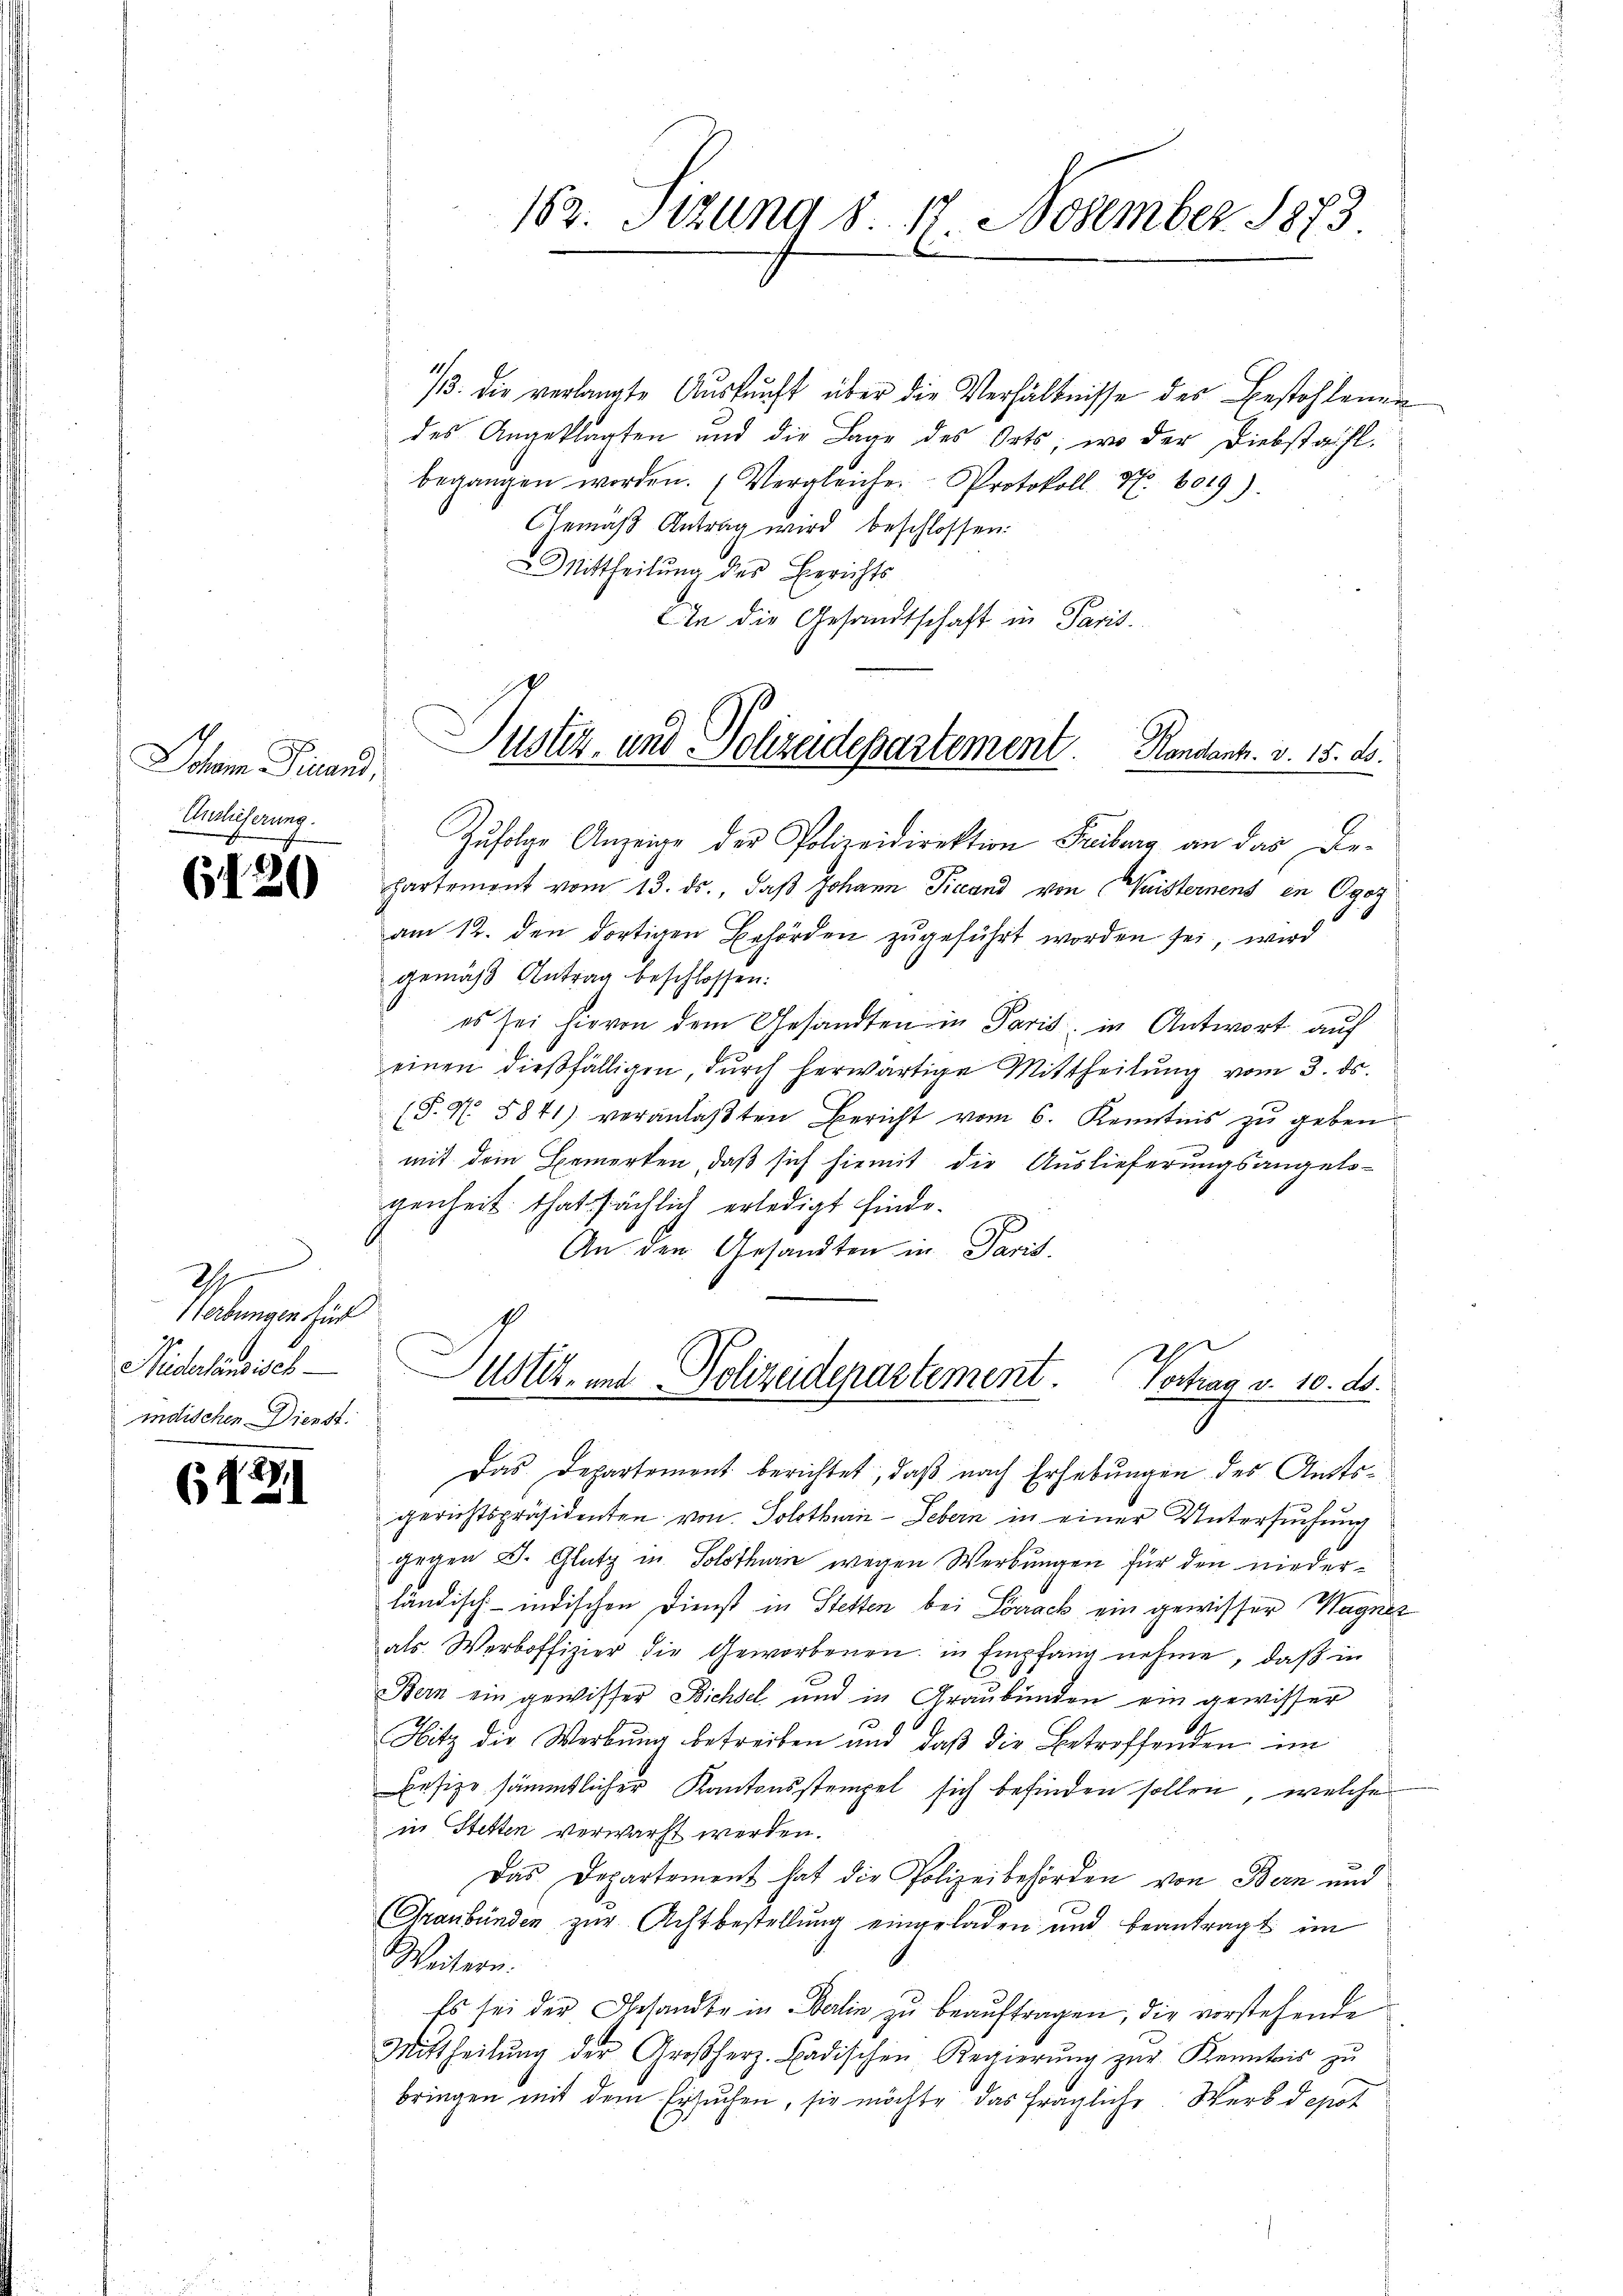
Johem Finand,
Anslieferung.

6120

I
1erbungen für
Meiderländisch
indischen Dienst.

(1271

182. Btzung 8. 17 November 1873

/. die verlangte Auskunft über die Verhältnisse des Bestohlenen
des Angeklagten und die Lage des Orts, wo der Diebstahl
begangen worden. (Vergleiche Protokoll Nr. 6019).
Gemäß Antrag wird beschlossen:
Mittheilung der Errichts
An die Gesandtschaft in Paris.
Zŭfolge Anzeige der Polizeidirektion Freiburg an das De-
hartement vom 13. ds., daß Johann Picand von Weisternens in Ogoz
am 12. den dortigen Behörden zugeführt worden sei, wird
gemäß Antrag beschlossen:
es sei hievon dem Gesandten in Paris, in Antwort auf
einen dießfälligen, durch herwärtige Mittheilung vom 3. ds.
(F. N. 5841) veranlaβten Bericht vom 6. Kenntnis zŭ geben.
mit dem Bemerken, daß sich hiemit die Auslieferungsangelo-
genheit thatsächlich erledigt finde.
An den Gesandten in Paris.
Justiz- und Polizeidepartement.
Vochen v. 10. ds.
Das Departement berichtet, daß nach Erhebungen des Amtsgerichtspräsidenten von Solothurn - Gebern in einer Untersuchung
gegen J. Glutz in Solothurn wegen Werbungen für den niederländisch-indischen Dienst in Stetten bei Lörrack ein gewisser Wagner
als Werboffizier die Geworbenen in Empfang nehme, daß in
Bern ein gewisser Bichsel und in Graubünden ein gewisser
Hitz der Werbung betreiben und daß die Betroffenden im
Besitze sämmtlicher Kantonsstempel sich befinden sollen, welche
in Stetten verwarft werden.
Das Departement hat die Polizeibehörden von Bern und
Graubünden zur Achtbestellung eingeladen und beantragt im
Weitern.
Es sei der Gesandte in Berlin zu beauftragen, die vorstehende
Mittheilŭng der Großherz. Badischen Regierŭng zŭr Kenntnis zŭ
bringen mit dem Ersuchen, sie möchte das fragliche. Werk depot

Justiz- und Polizeidepartement. Randant. v. 15. ds.